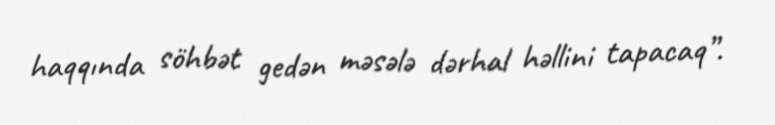
haqqında söhbət gedən məsələ dərhal həllini tapacaq”.